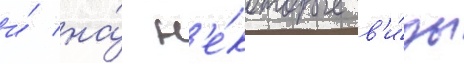
и́ на́ н'е́которые в'и́ды